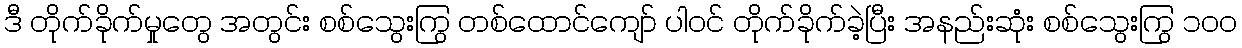
ဒီ တိုက်ခိုက်မှုတွေ အတွင်း စစ်သွေးကြွ တစ်ထောင်ကျော် ပါဝင် တိုက်ခိုက်ခဲ့ပြီး အနည်းဆုံး စစ်သွေးကြွ ၁၀၀